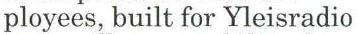
ployees, built for Yleisradio